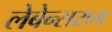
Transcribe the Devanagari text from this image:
लेबेन्सराम